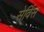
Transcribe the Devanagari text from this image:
सेर्विस